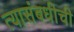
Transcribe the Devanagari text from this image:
त्यासंबधीची